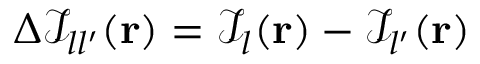
\Delta \mathcal { I } _ { l l ^ { \prime } } ( \mathbf { r } ) = \mathcal { I } _ { l } ( \mathbf { r } ) - \mathcal { I } _ { l ^ { \prime } } ( \mathbf { r } )